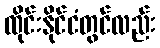
ထိုင်းနိုင်ငံတွင်လည်း